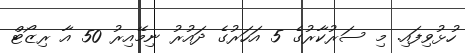
ހުޅުވިފައި. މި ސަރުކާރުގެ 5 އަހަރުގެ ދައުރު ނިމޭއިރު 50 އާ ރިޒޯޓް